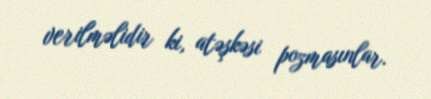
verilməlidir ki, atəşkəsi pozmasınlar.